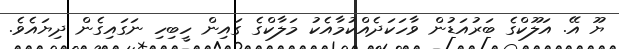
ޔޫ އޭ. އަލޫކްގެ ބަރުއަޑުން ވާހަކަދެއްކުމާއެކު މަލާކްގެ ގައިން ހީބިހި ނަގައިގެން ދިޔައެވެ.